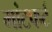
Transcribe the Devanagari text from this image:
मांटफर्ट